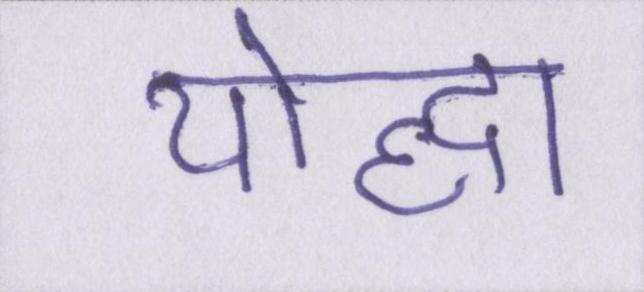
योद्धा